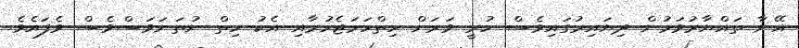
އޭނާ ތައްޔާރުވަމުން ދިޔައިރުގައިވެސް ހުރީ ވަރަށް ހިތްހަމަޖެހުމާއި އެކު ހިތް ނުތަނަވަސްވެސް ވެފައެވެ.